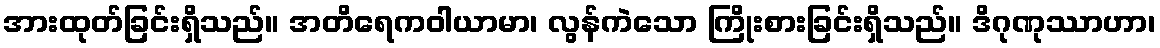
အားထုတ်ခြင်းရှိသည်။ အတိရေကဝါယာမာ၊ လွန်ကဲသော ကြိုးစားခြင်းရှိသည်။ ဒိဂုဏုဿာဟာ၊